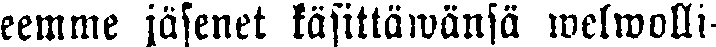
eemme jäsenet käsittäwänsä welwolli-